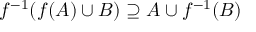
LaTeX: f ^ { - 1 } ( f ( A ) \cup B ) \supseteq A \cup f ^ { - 1 } ( B )